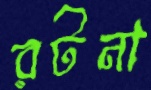
রটনা